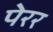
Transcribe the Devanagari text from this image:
पेरर